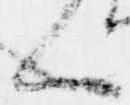
ハ